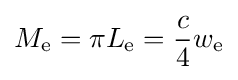
M_{\mathrm {e} }=\pi L_{\mathrm {e} }={\frac {c}{4}}w_{\mathrm {e} }